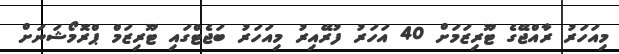
މިއަހަރު ރާއްޖޭގެ ޓޫރިޒަމަށް 40 އަހަރު ފުރޭއިރު މިއަހަރު ބަޖެޓްގައި ޓޫރިޒަމް ޕްރޮމޯޝަނަށް